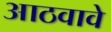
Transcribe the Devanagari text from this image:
आठवावे